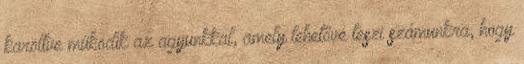
karöltve működik az agyunkkal, amely lehetővé teszi számunkra, hogy